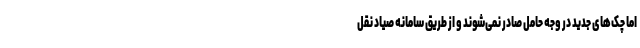
اما چک‌های جدید در وجه حامل صادر نمی‌شوند و از طریق سامانه صیاد نقل